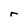
Character: r